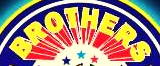
BROTHERS